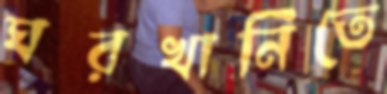
ঘরখানিতে